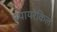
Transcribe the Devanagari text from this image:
स्पायरेकिल